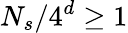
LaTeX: N_{s}/4^{d}\geq 1